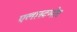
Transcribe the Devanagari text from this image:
एलास्टमोर